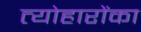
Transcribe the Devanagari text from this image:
त्योहारोंका